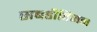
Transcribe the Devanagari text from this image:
सबडीविजन